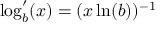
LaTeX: \textstyle \log _ { b } ^ { \prime } ( x ) = ( x \ln ( b ) ) ^ { - 1 }